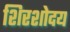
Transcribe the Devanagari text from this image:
शिरशोदय